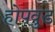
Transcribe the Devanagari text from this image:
होपवुड